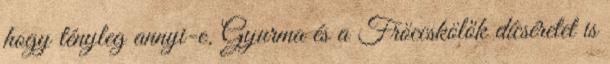
hogy tényleg annyi-e. Gyurma és a Fröccskölők dícséretet is